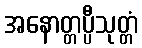
အနောတ္တပ္ပီသုတ္တံ